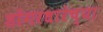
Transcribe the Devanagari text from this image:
डोंगरधारेच्या